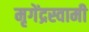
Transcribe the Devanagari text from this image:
मृगेंद्रस्वामी